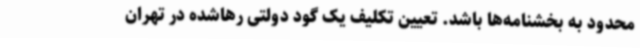
محدود به بخشنامه‌ها باشد. تعیین تکلیف یک گود دولتی رهاشده در تهران